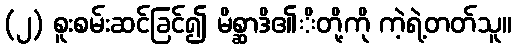
(၂) စူးစမ်းဆင်ခြင်၍ မိစ္ဆာဒိ၏ိတို့ကို ကဲ့ရဲ့တတ်သူ။